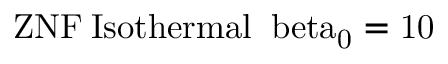
\mathrm { { Z N F } \: \mathrm { { I s o t h e r m a l } \: \ b e t a _ { 0 } = 1 0 } }